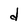
Character: d